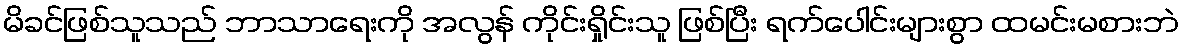
မိခင်ဖြစ်သူသည် ဘာသာရေးကို အလွန် ကိုင်းရှိုင်းသူ ဖြစ်ပြီး ရက်ပေါင်းများစွာ ထမင်းမစားဘဲ